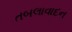
તબલાવાદન